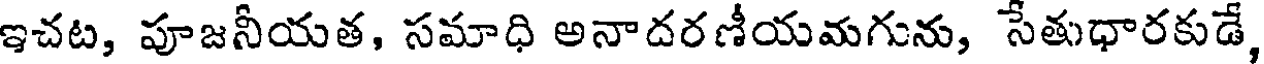
ఇచట, పూజనీయత, సమాధి అనాదరణీయమగును, సేతుధారకుడే,